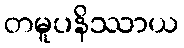
တမူပနိဿာယ